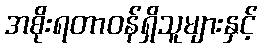
အစိုးရတာဝန်ရှိသူများနှင့်